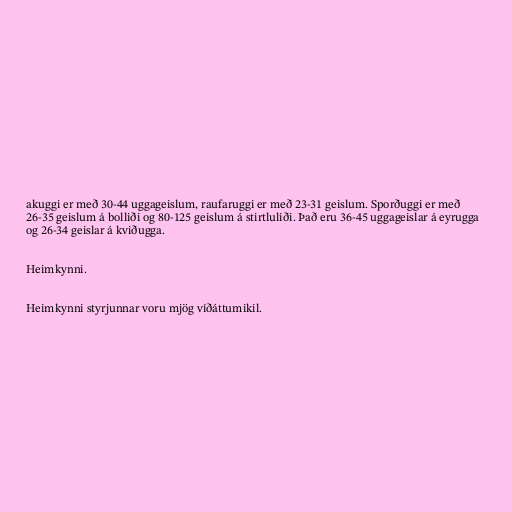
akuggi er með 30-44 uggageislum, raufaruggi er með 23-31 geislum. Sporðuggi er með
26-35 geislum á bolliði og 80-125 geislum á stirtluliði. Það eru 36-45 uggageislar á eyrugga
og 26-34 geislar á kviðugga.

Heimkynni.

Heimkynni styrjunnar voru mjög víðáttumikil.